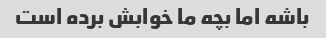
باشه اما بچه ما خوابش برده است